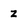
Character: z